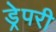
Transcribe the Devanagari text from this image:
ड्रेपरी